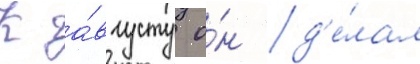
К а́вгусту о́н д'е́лал